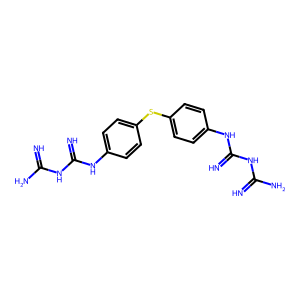
SMILES: N=C(N)NC(=N)Nc1ccc(Sc2ccc(NC(=N)NC(=N)N)cc2)cc1
Inhibits HIV replication: No